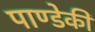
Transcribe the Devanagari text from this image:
पाण्डेकी